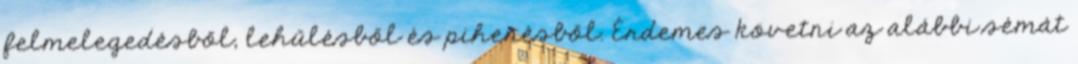
felmelegedésből, lehűlésből és pihenésből. Érdemes követni az alábbi sémát